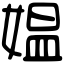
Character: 媪